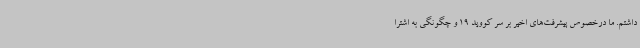
داشتم. ما درخصوص پیشرفت‌های اخیر بر سر کووید 19 و چگونگی به اشترا